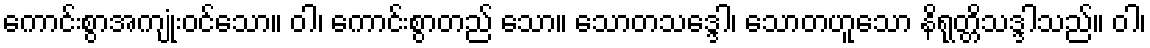
ကောင်းစွာအကျုံးဝင်သော။ ဝါ၊ ကောင်းစွာတည် သော။ သောတသဒ္ဒေါ၊ သောတဟူသော နိရုတ္တိသဒ္ဒါသည်။ ဝါ၊